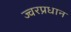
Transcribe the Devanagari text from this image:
ज्वरप्रधान